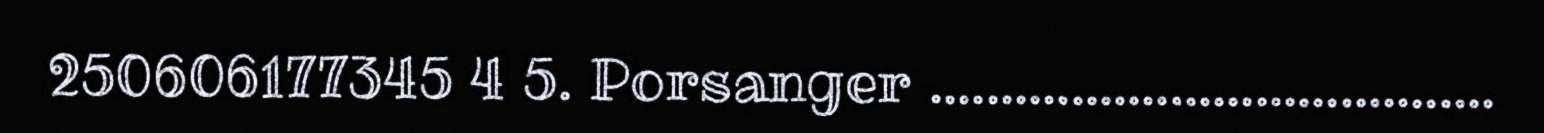
250606177345 4 5. Porsanger ........................................